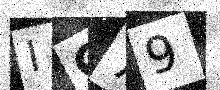
Text: IG79